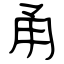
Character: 甬